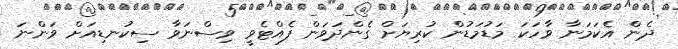
ދެން އެކަމަނާ ވާހަކަ މަޑުމަޑުން ކުރިޔަށް ގެންދަވަން ފެއްޓެވީ ވިސްނަވާ ސިކުނޑިއަށް ވަންނަ